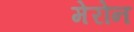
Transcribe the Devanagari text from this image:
मेरोन